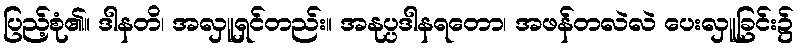
ပြည့်စုံ၏။ ဒါနတိ၊ အလှူရှင်တည်း။ အနုပ္ပဒါနရတော၊ အဖန်တလဲလဲ ပေးလှူခြင်း၌